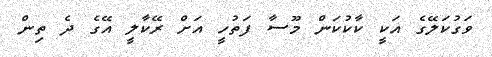
ވަގުކަލޭގެ އަކީ ކާކުކަން މޫސާ ފަތުހީ އަށް ރޭކާލީ އޭގެ ދެ ތިން